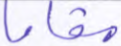
مقاما